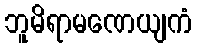
ဘူမိရာမဏေယျကံ